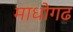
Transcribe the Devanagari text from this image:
माधोगढ